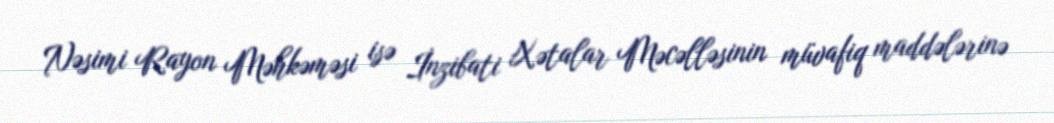
Nəsimi Rayon Məhkəməsi isə İnzibati Xətalar Məcəlləsinin müvafiq maddələrinə